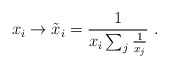
\begin{align*}x_i \rightarrow \tilde{x}_i = \frac{1}{x_i \sum_j \frac{1}{x_j}} \; .\end{align*}